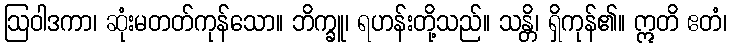
ဩဝါဒကာ၊ ဆုံးမတတ်ကုန်သော။ ဘိက္ခူ၊ ရဟန်းတို့သည်။ သန္တိ၊ ရှိကုန်၏။ ဣတိ ဧတံ၊